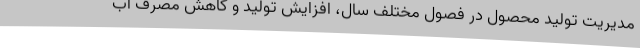
مدیریت تولید محصول در فصول مختلف سال، افزایش تولید و کاهش مصرف آب